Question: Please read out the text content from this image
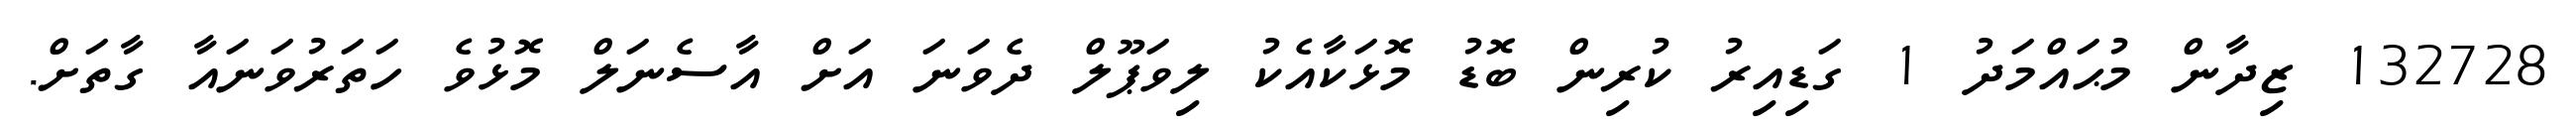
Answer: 132728 ޒިދާން މުޙައްމަދު 1 ގަޑިއިރު ކުރިން ބޮޑު މޮޅަކާއެކު ލިވަޕޫލް ދެވަނަ އަށް އާސެނަލް މޮޅުވެ ހަތަރުވަނައާ ގާތަށް.